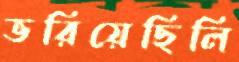
ভরিয়েছিলি